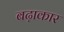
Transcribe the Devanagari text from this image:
बढ़ाकार